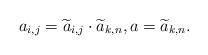
\begin{align*}a_{i,j}=\widetilde{a}_{i,j}\cdot \widetilde{a}_{k,n},a=\widetilde{a}_{k,n}.\end{align*}